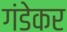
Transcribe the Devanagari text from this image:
गंडेकर